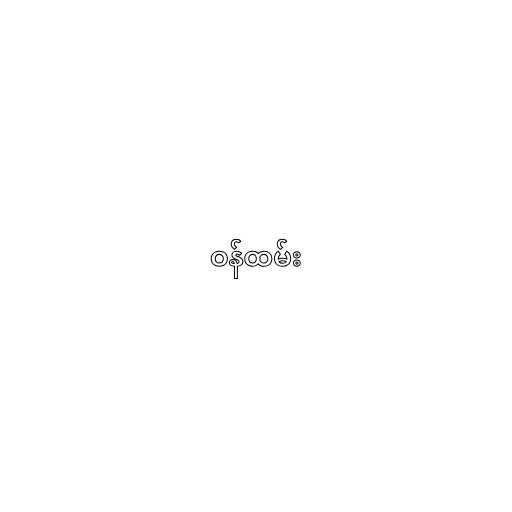
ဝန်ထမ်း